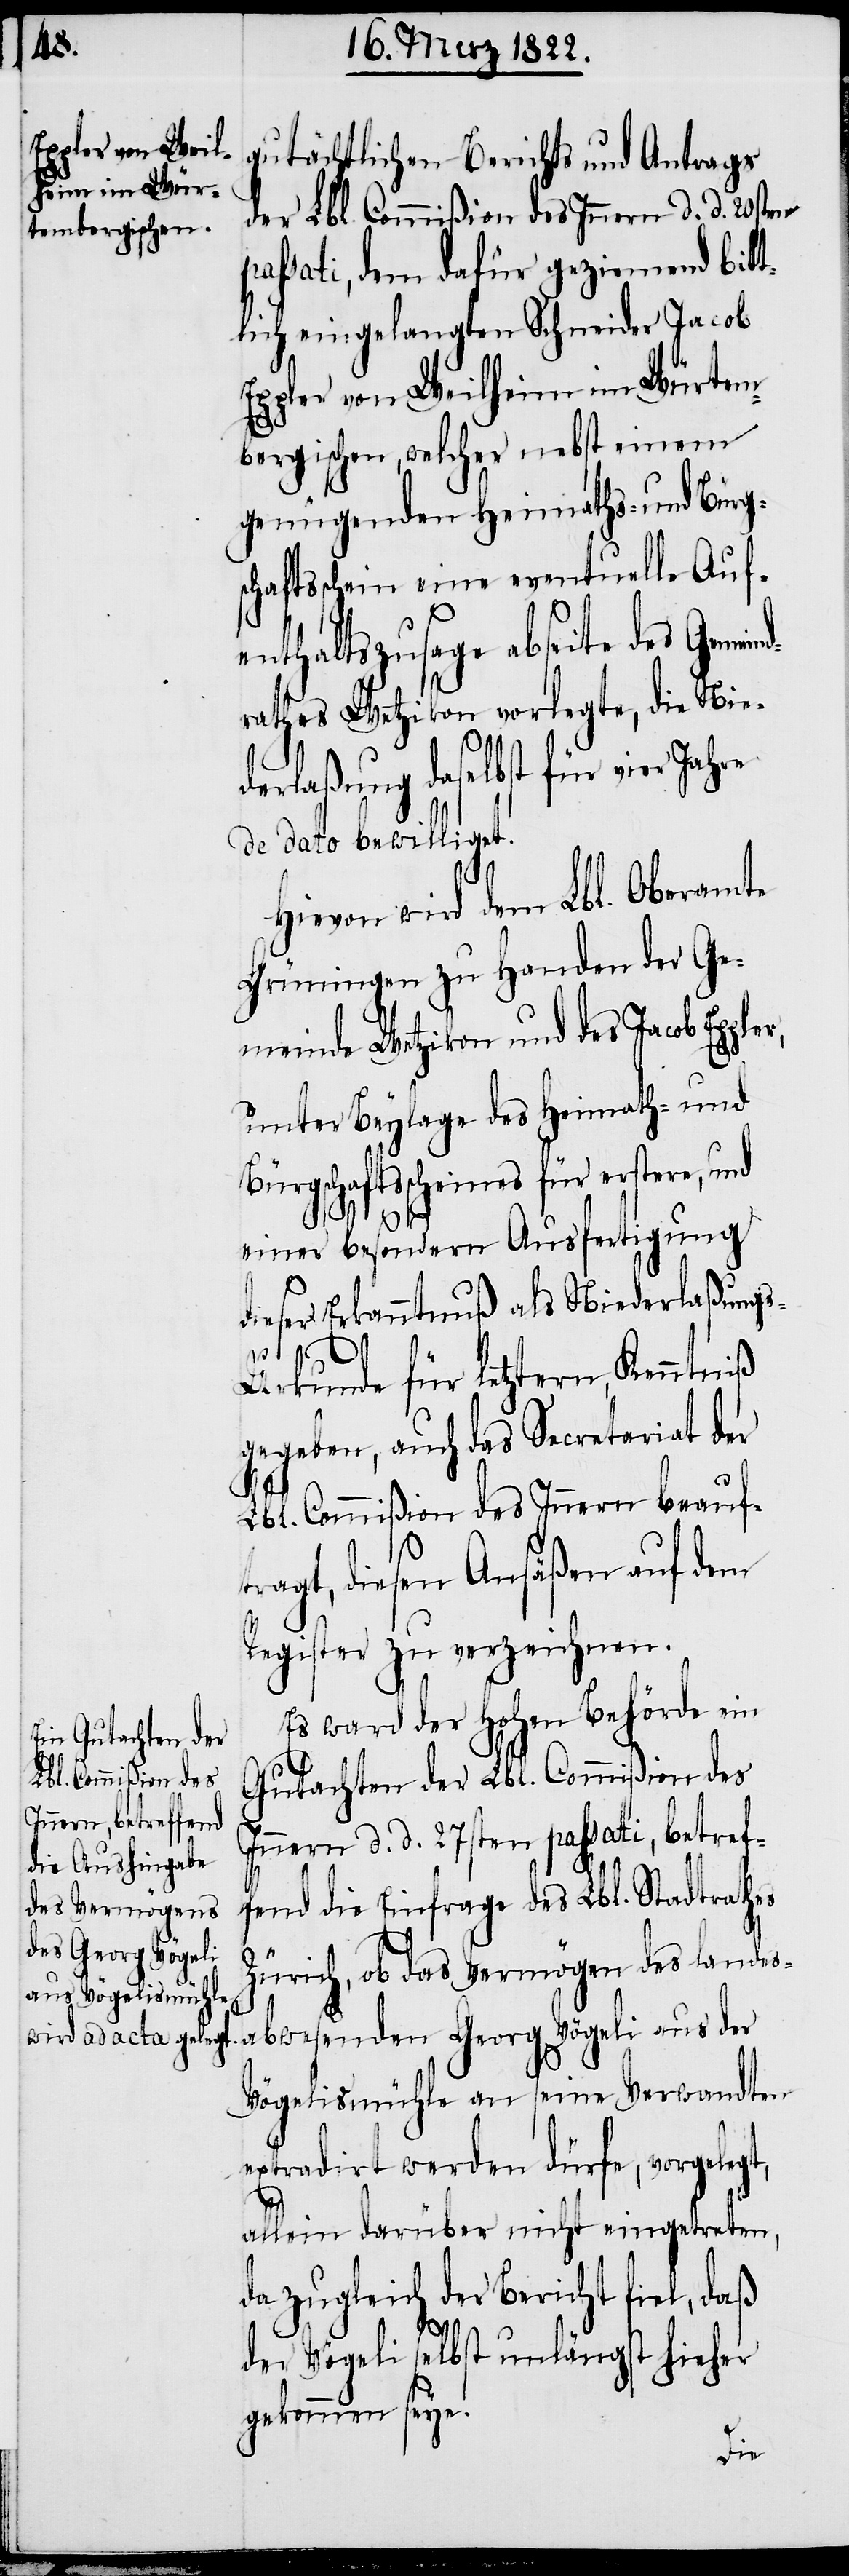
gutächtlichen Berichts und Antrags
der Lbl. Commißion des Innern d. d. 20sten
passati, dem dafür geziemend bitt¬
lich eingelangten Schneider Jacob
Eppler von Weilheim im Würtem¬
bergischen, welcher nebst einem
genügenden Heimaths- und Bürg¬
schaftsschein eine eventuelle Auf¬
enthaltszusage abseite des Gemei¬
rathes Wetzikon vorlegte, die Nie¬
derlaßung daselbst für vier Jahre
de dato bewilliget.
Hievon wird dem Lbl. Oberamte
Grüningen zu Handen der Ge¬
meinde Wetzikon und des Jacob Epp¬
unter Beylage des Heimath- und
Bürgschaftsscheines für erstere, und
ler,
t,
einer besondern Ausfertigung
dieser Erkanntnuß als Niederlaßung¬
s-Urkunde für letztern, Kenntniß
gegeben, auch das Secretariat der
Lbl. Commißion des Innern beauf¬
tragt, diesen Ansäßen auf dem
Register zu verzeichnen.
Es ward der hohen Behörde ein
Gutachten der Lbl. Commißion des
Innern d. d. 27sten passati, betref¬
fend die Einfrage des Lbl. Stadtrathes
Zürich, ob das Vermögen des landes¬
abwesenden Georg Vögeli aus der
Vögelismühle an seine Verwandten
extradirt werden dürfe, vorgeleg¬
allein darüber nicht eingetreten,
da zugleich der Bericht fiel, daß
der Vögeli selbst unlängst hieher
gekommen seye.